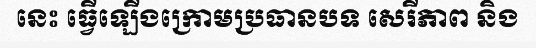
នេះ ធ្វើឡើងក្រោមប្រធានបទ សេរីភាព និង